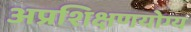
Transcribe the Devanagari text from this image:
अप्रशिक्षणयोग्य